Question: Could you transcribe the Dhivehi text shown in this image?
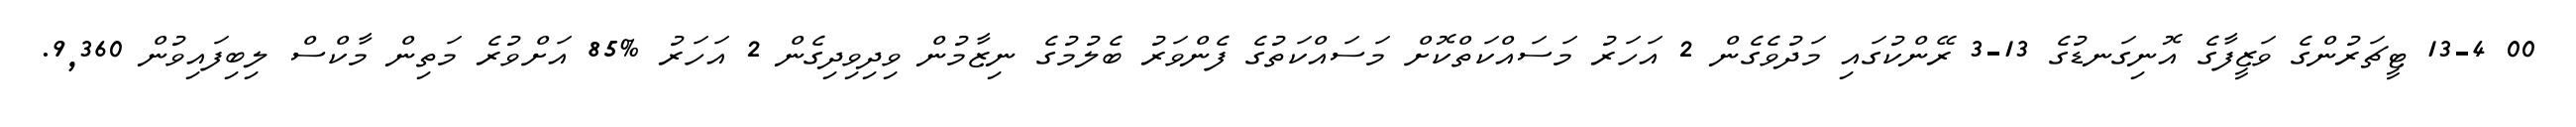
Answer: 00 13-4 ޓީޗަރުންގެ ވަޒީފާގެ އޮނިގަނޑުގެ 13-3 ރޭންކުގައި މަދުވެގެން 2 އަހަރު މަސައްކަތްކޮށް މަސައްކަތުގެ ފެންވަރު ބެލުމުގެ ނިޒާމުން ވިދިވިދިގެން 2 އަހަރު %85 އަށްވުރެ މަތިން މާކްސް ލިބިފައިވުން 9,360.